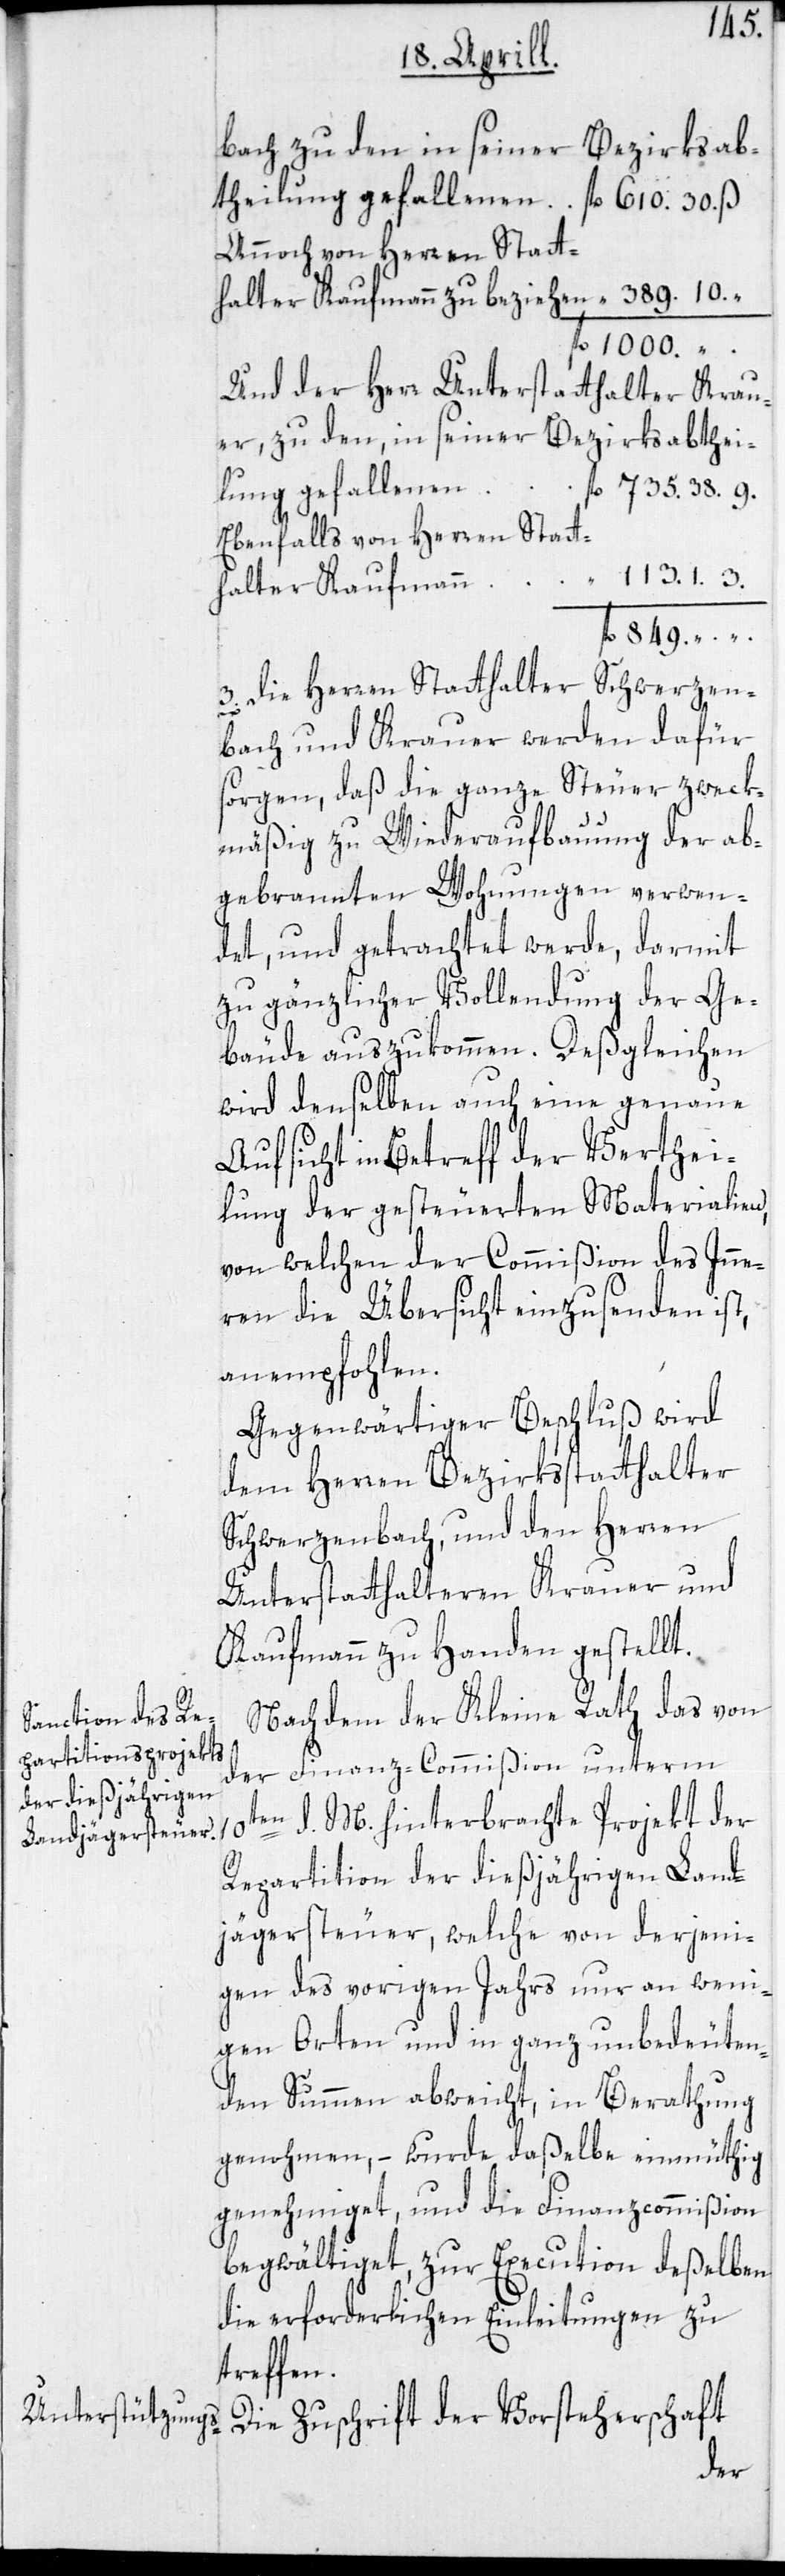
10t¬
Annoch von Herren Statt¬
Und der Herr Unterstatthalter Krau¬
Ebenfalls von Herren Statt¬
halter Kaufmann
3. Die Herren Statthalter Schwerzen¬
bach und Krauer werden dafür
sorgen, daß die ganze Steuer zweck¬
mäßig zu Wiederaufbauung der ab¬
gebrannten Wohnungen verwen¬
det, und getrachtet werde, darmit
zu gänzlicher Vollendung der Ge¬
bäude auszukommen. Deßgleichen
wird denselben auch eine genaue
Aufsicht in Betreff der Verthei¬
lung der gesteuerten Materialien,
von welchen der Commißion des Inne¬
ren die Übersicht einzusenden ist,
anempfohlen.
Gegenwärtiger Beschluß wird
dem Herren Bezirksstatthalter
Schwerzenbach, und den Herren
Unterstatthalteren Krauer und
Kaufmann zu Handen gestellt.
Nachdem der Kleine Rath das von
der Finanz-Commißion unterm
en d. M. hinterbrachte Projekt der
Repartition der dießjährigen Land¬
jägersteuer, welche von derjeni¬
gen des vorigen Jahrs nur an weni¬
gen Orten und in ganz unbedeuten¬
den Summen abweicht, in Berathung
genohmen, – wurde daßelbe einmüthig
genehmiget, und die Finanzcommißion
begwältiget, zur Execution deßelben
die erforderlichen Einleitungen zu
treffen.
Die Zuschrift der Vorsteherschaft
den,